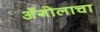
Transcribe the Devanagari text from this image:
अँगोलाचा